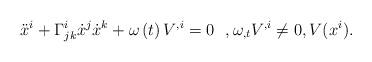
LaTeX: \begin{align*}\ddot{x}^{i}+\Gamma_{jk}^{i}\dot{x}^{j}\dot{x}^{k}+\omega\left( t\right)V^{,i}=0~~,\omega_{,t}V^{,i}\neq0,V(x^{i}). \end{align*}